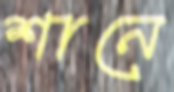
শানে